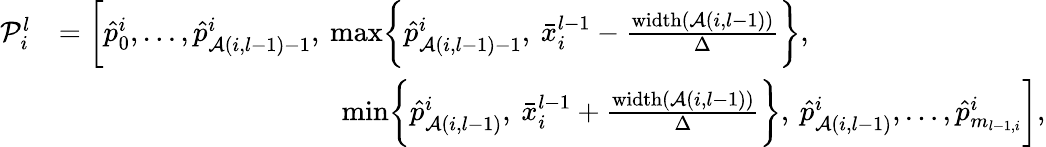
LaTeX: \begin{array}{rl}{\mathcal{P}_{i}^{l}}&{=\biggl[\hat{p}_{0}^{i},\dots,\hat{p}_{\mathcal{A}(i,l-1)-1}^{i},\: \operatorname*{max}\biggl\{ \hat{p}_{\mathcal{A}(i,l-1)-1}^{i},\: \bar{x}_{i}^{l-1}-\frac{\mathrm{width}(\mathcal{A}(i,l-1))}{\Delta}\biggr\} ,}\\ &{\qquad\qquad\qquad\qquad\qquad\operatorname*{min}\biggl\{ \hat{p}_{\mathcal{A}(i,l-1)}^{i},\: \bar{x}_{i}^{l-1}+\frac{\mathrm{width}(\mathcal{A}(i,l-1))}{\Delta}\biggr\} ,\: \hat{p}_{\mathcal{A}(i,l-1)}^{i},\dots,\hat{p}_{m_{l-1,i}}^{i}\biggr],}\end{array}